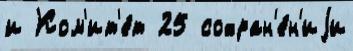
и Ком'ит'е́т 25 сохран'е́н'иjи